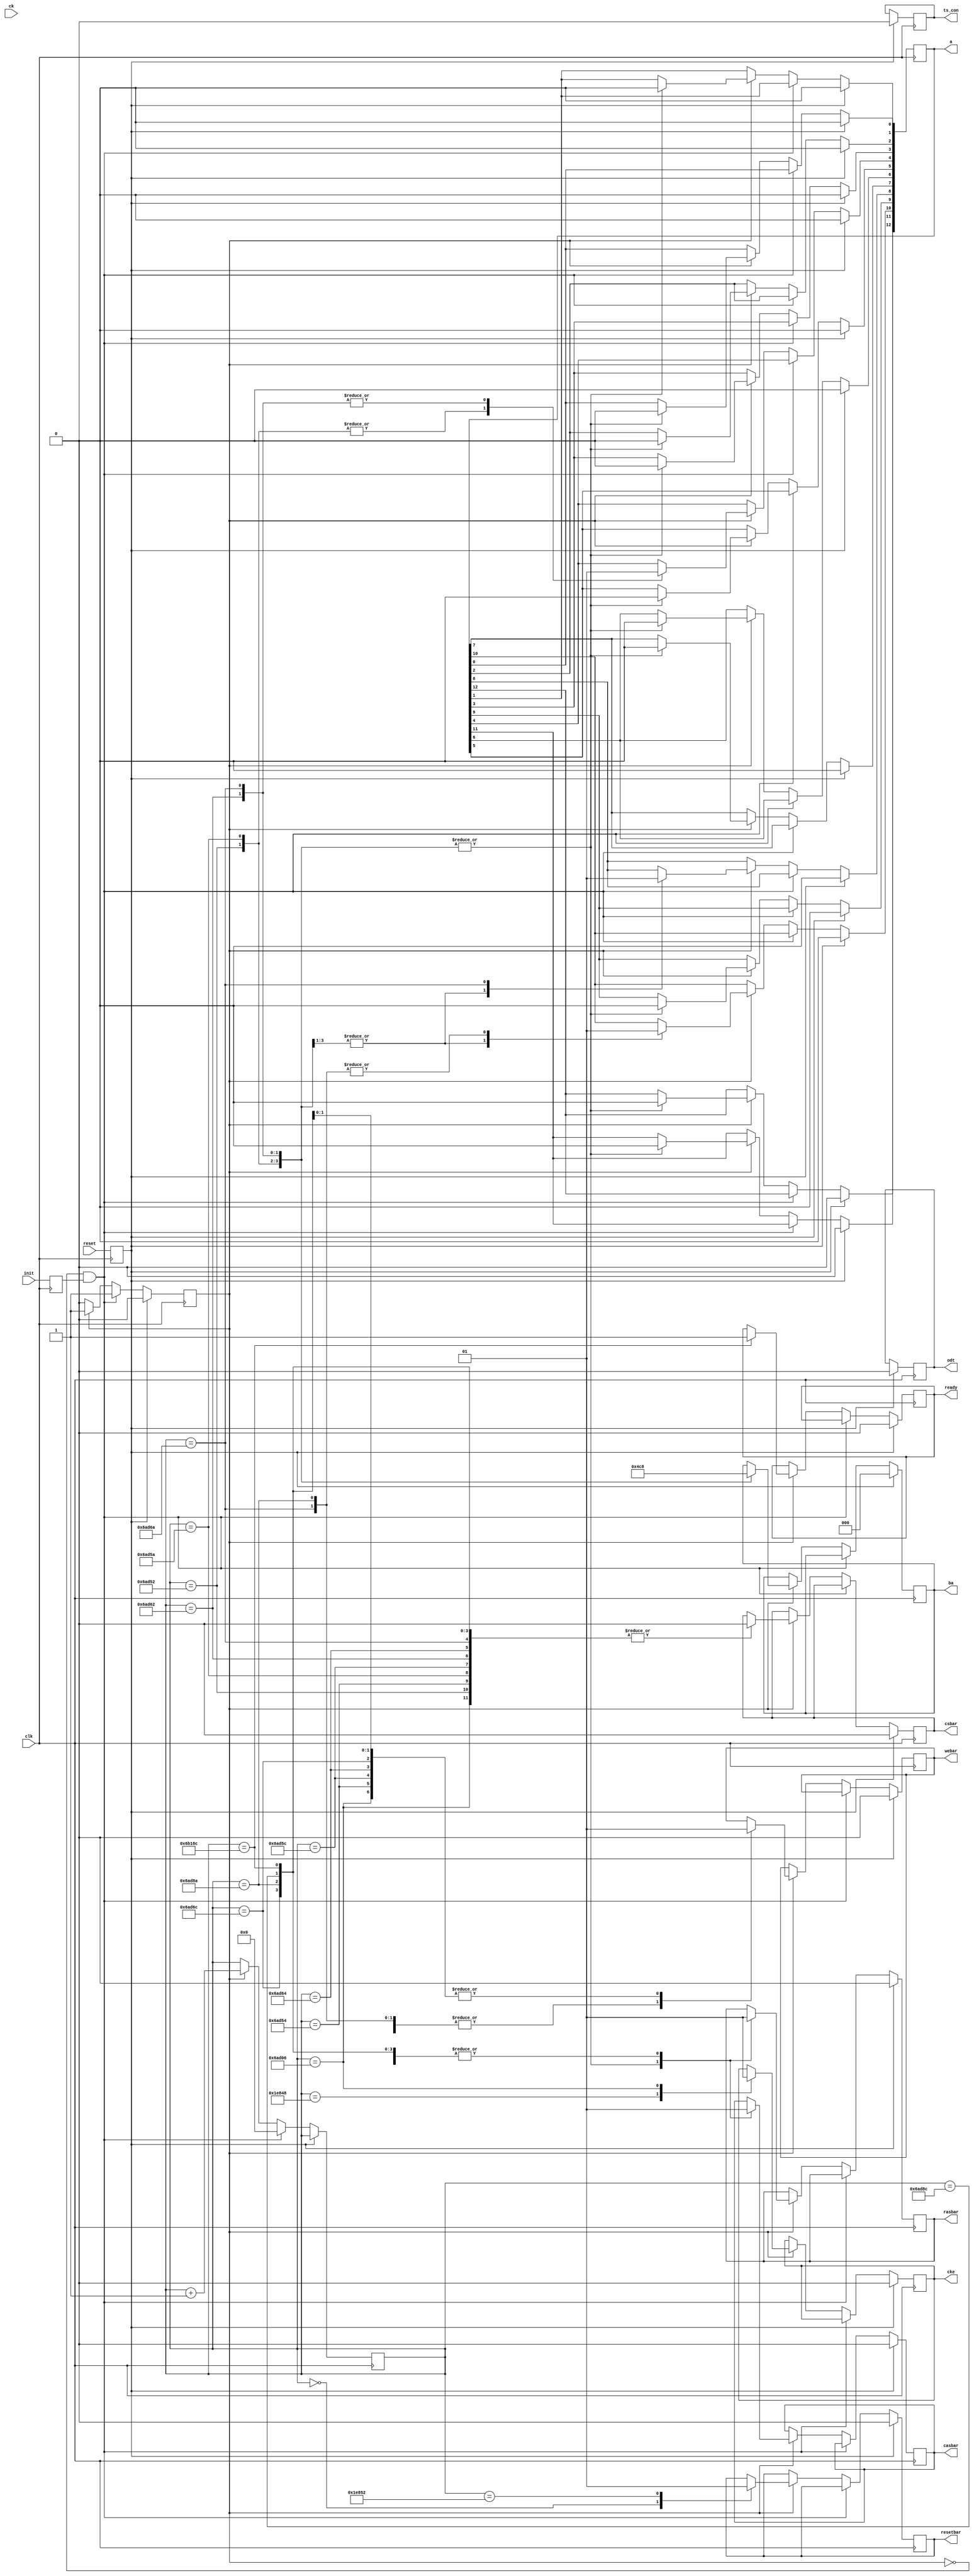
// Define Counter Values by setting the counter value for each stage in the INIT process
// There is a NOP command issued 1 DDR clock cycle after most commands
// More information about each stage is in the Verilog code below

`define T_WIDTH 2
`define T_XPR	76
`define T_MRD	6
`define T_MOD	30
`define T_ZQINIT  1024
`define S_RSTL	19'd0 // Set RST low
`define S_CKEL	`S_RSTL+125000  // Set CKE low
`define S_RSTH	`S_CKEL+10 // Set RST high
`define S_NOP1	`S_RSTH+312500 // Send NOP with CKE high
`define S_MRS2	`S_NOP1+`T_XPR // Set MR2
`define S_NOP2 	`S_MRS2+`T_WIDTH // NOP after MRS2
`define S_MRS3	`S_NOP2+`T_MRD // Set MR3 
`define S_NOP3	`S_MRS3+`T_WIDTH // NOP after MRS3
`define S_MRS1	`S_NOP3+`T_MRD // Set MR1 with DLL Set
`define S_NOP4	`S_MRS1+`T_WIDTH // NOP after DLL Set
`define S_MRS0	`S_NOP4+`T_MRD // Set MR0 with DLL Reset
`define S_NOP5	`S_MRS0+`T_WIDTH // NOP after DLL Reset
`define S_ZQCL	`S_NOP5+`T_MOD // Send ZQCL
`define S_NOP6	`S_ZQCL+`T_WIDTH // NOP after ZQCL
`define S_DONE	`S_NOP6+`T_ZQINIT // Memory is ready

/////////////////////////////////////////////////////////


module ddr3_init_engine(
   // Outputs
   ready, csbar, rasbar, casbar, webar, ba, a, odt, ts_con, cke, resetbar,
   // Inputs
   clk, reset, init, ck
   );


input clk, reset, init, ck;
output ready, csbar, rasbar, casbar, webar, odt, ts_con, cke, resetbar;
output [2:0] ba;
output [12:0] a;

reg ready;
reg cke;
reg csbar;
reg rasbar;
reg casbar;
reg webar;
reg resetbar;
reg [2:0] ba;
reg [12:0] a;
reg odt;
reg [15:0] dq_out;
reg [1:0] dqs_out;
reg [1:0] dqsbar_out;   
reg ts_con;
reg INIT, RESET;
   
reg [18:0]  counter;
reg flag;

localparam	[3:0]	
		NOP 		= 4'b0111,
		ZQCL	 	= 4'b0110,
		MRS			= 4'b0000;		
		
		
always @(posedge clk)
begin
	INIT <= init;
	RESET <= reset;

	if (RESET)
	begin
		flag <= 0;
		cke <= 0;
		odt <= 0;
		a <= 0;
		ba <= 0;
		ts_con <= 0;
		csbar <= 0;
		casbar <= 0;
		rasbar <= 0;
		webar <= 0;
		resetbar <= 0;
		ready <= 0;		
	end
	else if (flag == 0 && INIT == 1)
	begin
		// On INIT signal, set a flag to start the initialization routine and clear the counter
		flag <= 1;
		counter <= 0;
	end
	else if (flag == 1)
	begin
		counter <= counter + 1;
		case (counter)

		`S_RSTL:  begin
		resetbar <= 0; 
		end		
		`S_CKEL:  begin 
		cke <= 0;
		end
		
		`S_RSTH: begin 
			resetbar <= 1; 
			end
		`S_NOP1: begin
			cke <= 1;
			{csbar, rasbar, casbar, webar} <= NOP;
			end// NOP command

       	`S_MRS2: begin
                	{csbar, rasbar, casbar, webar} <= MRS; // EMRS command
					a[12:11] <= 0;
                	a[10:9] <= 0; // Dynamic ODT disabled
					a[8] <= 0;
					a[7:6] <= 0; // normal self-refresh
					a[5:3] <= 3'b000; // CAS write latency = 5
					a[2:0] <= 0;
					ba <= 3'b010;
	                end
		`S_NOP2: {csbar, rasbar, casbar, webar} <= NOP; // NOP command

        `S_MRS3: begin
        	        {csbar, rasbar, casbar, webar} <= MRS; // EMRS command 
        	        a <= 0;  // MPR disabled
        	        ba <= 3'b011;
	                end
        `S_NOP3: {csbar, rasbar, casbar, webar} <= NOP; // NOP command

        `S_MRS1: begin
        	        {csbar, rasbar, casbar, webar} <= MRS; // EMRS command 
					a[12] <= 0; // Output enabled
					a[11] <= 0; // TDQS enabled for 8 banks
					a[10] <= 0;
					{a[9], a[6], a[2]} <= 3'b000; // a[9,6,2] RTT disabled
					a[8] <= 0;
					a[7] <= 0; // write leveling disabled					 
					{a[5], a[1]} <= 2'b00; // a[5,1] Output driver
					a[4:3] <= 2'b10; // AL = CL - 2 = 3
					a[0] <= 0; // DLL enabled
					ba <= 3'b001;
	                end
        `S_NOP4: {csbar, rasbar, casbar, webar} <= NOP; // NOP command

        `S_MRS0: begin
        	        {csbar, rasbar, casbar, webar} <= MRS; // EMRS command 
        	        a[12] <= 0; // DLL off
               		a[11:9] <= 3'b010; // Write Recovery = 6
                	a[8] <= 1; // DLL Reset
					a[7] <= 0;
					a[6:4] <= 3'b001; // CAS latency = 5
					a[3] <= 0; // Read type = sequential
					a[2] <= 0;
					a[1:0] <= 2'b00; // Burst length = 8;
                	ba <= 3'b000; // MRS
	                end
        `S_NOP5: {csbar, rasbar, casbar, webar} <= NOP; // NOP command


		`S_ZQCL: begin
				{csbar, rasbar, casbar, webar} <= ZQCL; 
				a[10] <= 1; 
				end
		`S_NOP6: {csbar, rasbar, casbar, webar} <= NOP; // NOP command

				
       	`S_DONE: begin
				{csbar, rasbar, casbar, webar} <= NOP; // Finally done - Just send NOPs
				ready <= 1; // done
				end
		
		default: begin
			flag <= 1;
                end
	endcase
	end
end

endmodule